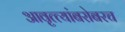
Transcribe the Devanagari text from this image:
आवृत्त्यांबरोबरच